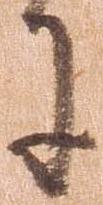
に